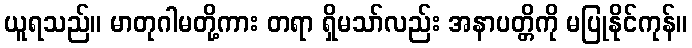
ယူရသည်။ မာတုဂါမတို့ကား တရာ ရှိမသာ်လည်း အနာပတ္တိကို မပြုနိုင်ကုန်။